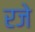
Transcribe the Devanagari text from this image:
रजे